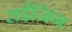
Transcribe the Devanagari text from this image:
राईजिंग